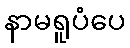
နာမရူပံပေ